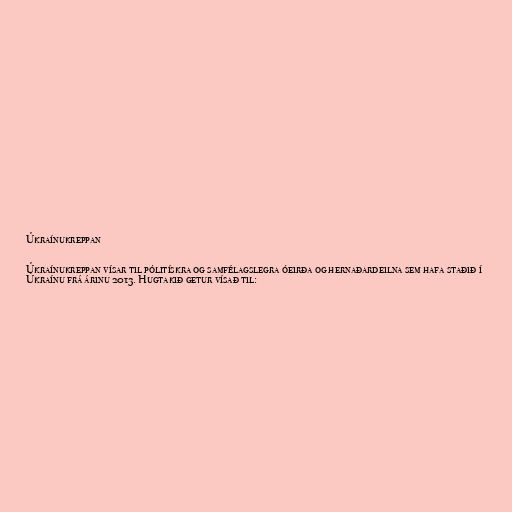
Úkraínukreppan

Úkraínukreppan vísar til pólitískra og samfélagslegra óeirða og hernaðardeilna sem hafa staðið í
Úkraínu frá árinu 2013. Hugtakið getur vísað til: